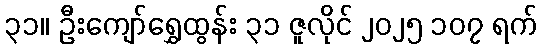
၃၁။ ဦးကျော်ရွှေထွန်း ၃၁ ဇူလိုင် ၂၀၂၅ ၁၀၇ ရက်